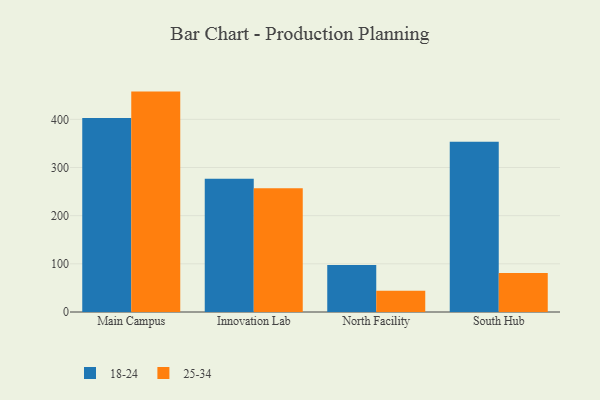
{"axis": {"x": "Campus", "y": "Inventory Turnover"}, "legend": ["18-24", "25-34"], "data": [{"x": "Main Campus", "y": 402.7, "type": "18-24"}, {"x": "Main Campus", "y": 457.6, "type": "25-34"}, {"x": "Innovation Lab", "y": 276.5, "type": "18-24"}, {"x": "Innovation Lab", "y": 257.1, "type": "25-34"}, {"x": "North Facility", "y": 97.4, "type": "18-24"}, {"x": "North Facility", "y": 44.3, "type": "25-34"}, {"x": "South Hub", "y": 353.7, "type": "18-24"}, {"x": "South Hub", "y": 80.8, "type": "25-34"}]}